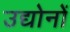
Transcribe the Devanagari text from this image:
उद्योनों